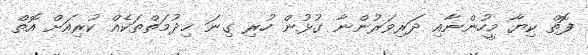
ފޮތް ކިޔާ މީހުންނާއި ދަރިވަރުންނާ ގުޅުން ހުރި ގިނަ ޚިދުމަތްތަކެއް ކުރިއަށް އޮތް